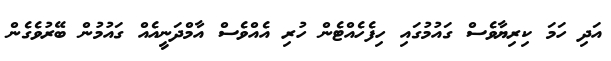
އަދި ހަމަ ކިރިޔާވެސް ގައުމުގައި ހިފެހެއްޓެން ހުރި އެއްވެސް އާމްދަނީއެއް ގައުމުން ބޭރުވެގެން